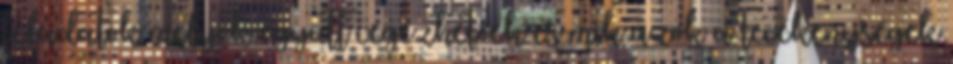
feladatok melyek együtt végezhetőek és mik azok a tevékenységek